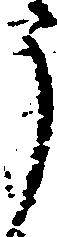
う